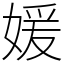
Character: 媛